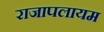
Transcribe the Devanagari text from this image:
राजापलायम